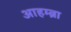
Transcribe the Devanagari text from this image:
आहम्ब्रा